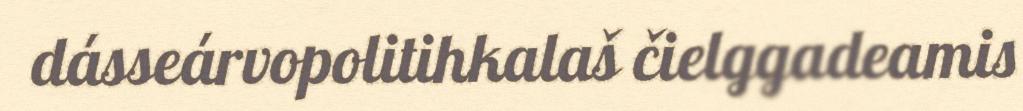
dásseárvopolitihkalaš čielggadeamis